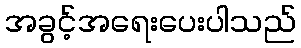
အခွင့်အရေးပေးပါသည်